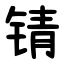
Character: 锖